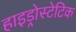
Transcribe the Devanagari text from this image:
हाइड्रोस्टेटिक